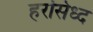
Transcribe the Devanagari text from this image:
हरसिध्द